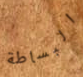
البساطة